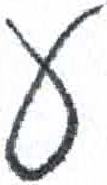
אות: ע